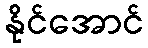
နိုင်အောင်